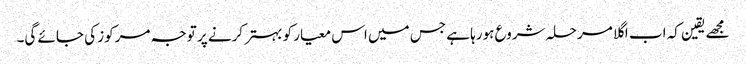
مجھے یقین کہ اب اگلا مرحلہ شروع ہورہا ہے جس میں اس معیار کو بہتر کرنے پر توجہ مرکوز کی جائے گی۔